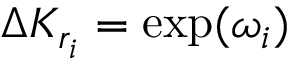
\Delta K _ { r _ { i } } = \exp ( \omega _ { i } )